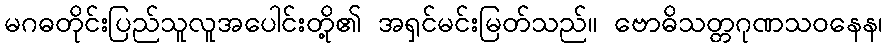
မဂဓတိုင်းပြည်သူလူအပေါင်းတို့၏ အရှင်မင်းမြတ်သည်။ ဗောဓိသတ္တဂုဏသဝနေန၊